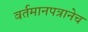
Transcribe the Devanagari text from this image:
वर्तमानपत्रानेच